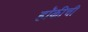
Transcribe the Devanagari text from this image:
हॉकीची